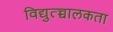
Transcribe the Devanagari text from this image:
विद्युत्च्चालकता